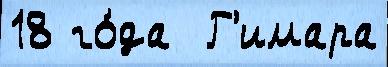
18 го́да  Г'имара